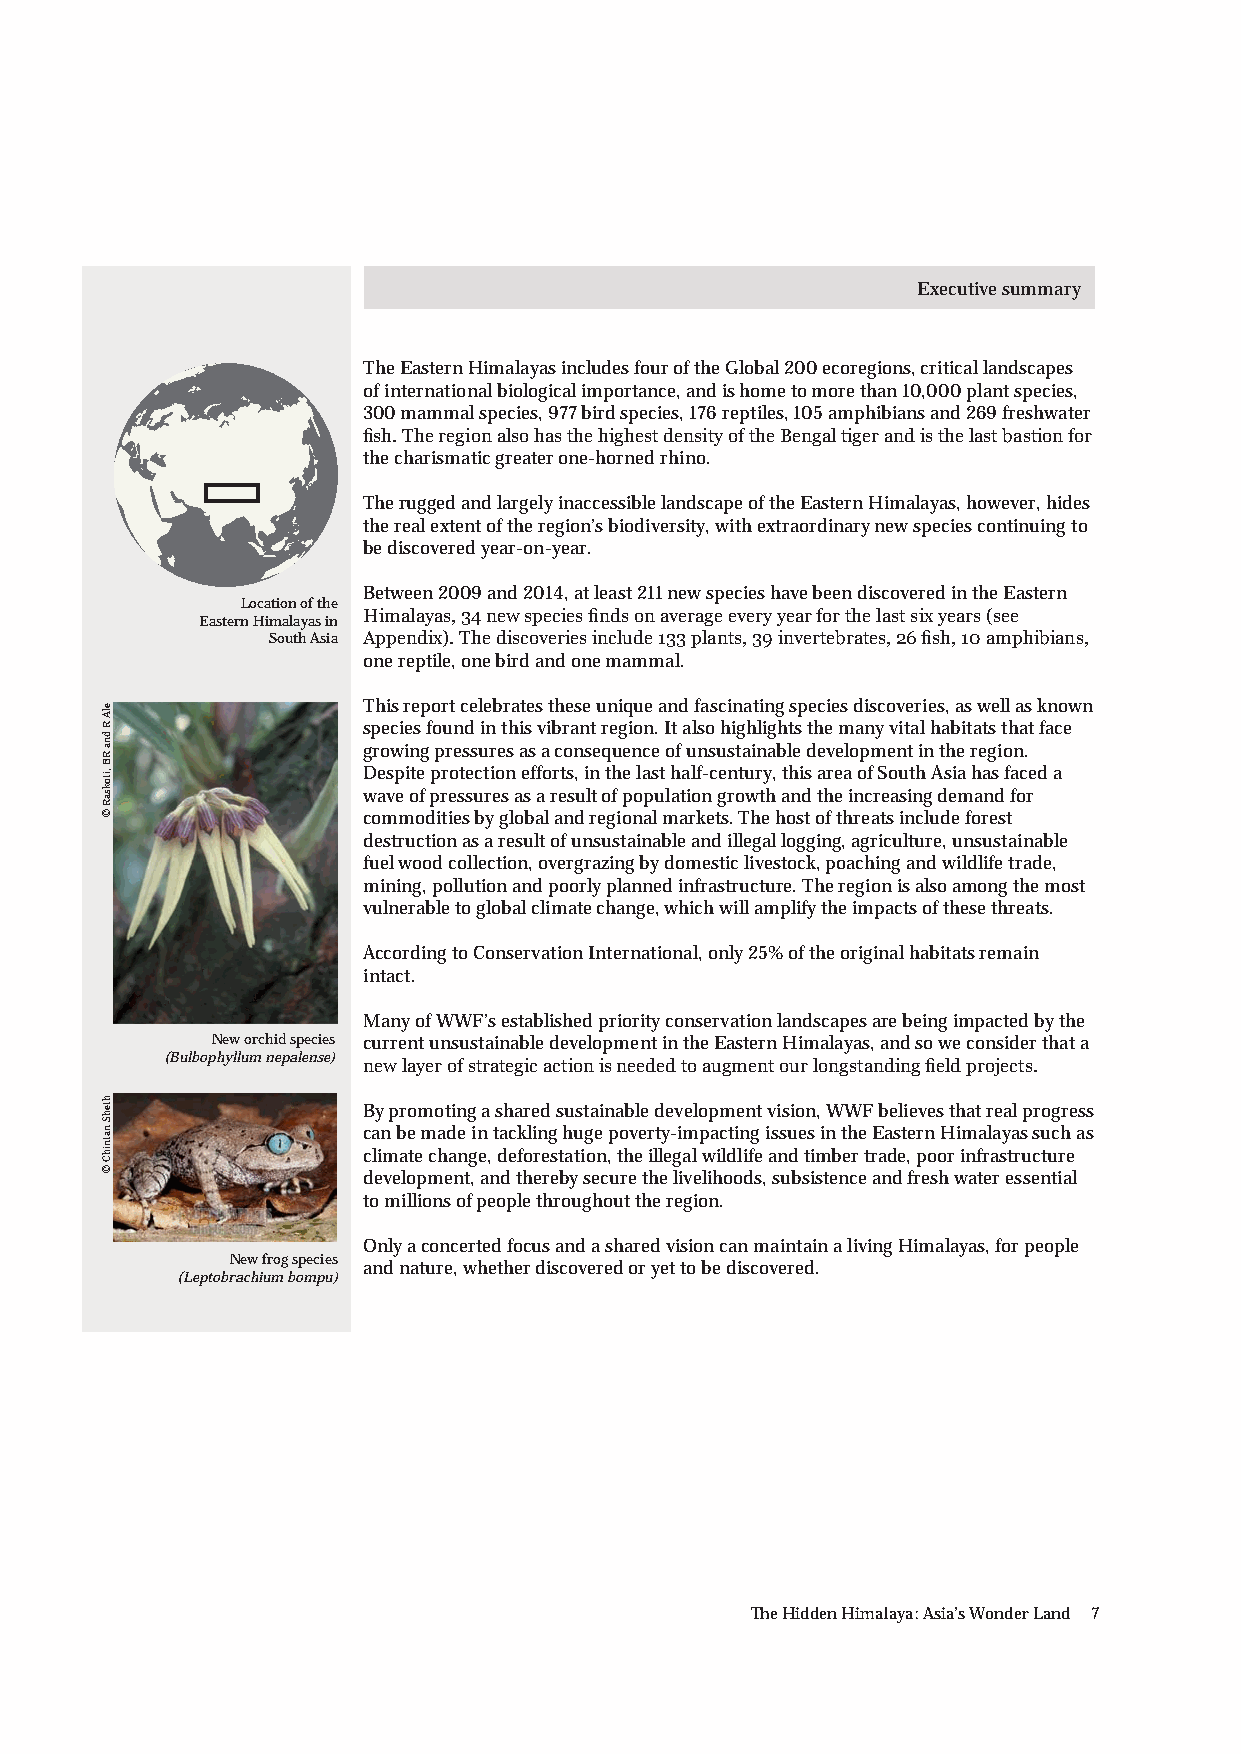
Executive summary
 The Eastern Himalayas includes four of the Global 200 ecoregions, critical landscapes
 of international biological importance, and is home to more than 10,000 plant species,
 300 mammal species, 977 bird species, 176 reptiles, 105 amphibians and 269 freshwater
 fish. The region also has the highest density of the Bengal tiger and is the last bastion for
 the charismatic greater one-horned rhino.
 The rugged and largely inaccessible landscape of the Eastern Himalayas, however, hides
 the real extent of the region’s biodiversity, with extraordinary new species continuing to
 be discovered year-on-year.
 Between 2009 and 2014, at least 211 new species have been discovered in the Eastern
 Location of the
 Himalayas, 34 new species finds on average every year for the last six years (see
 Eastern Himalayas in
 South Asia Appendix). The discoveries include 133 plants, 39 invertebrates, 26 fish, 10 amphibians,
 one reptile, one bird and one mammal.
 This report celebrates these unique and fascinating species discoveries, as well as known
 species found in this vibrant region. It also highlights the many vital habitats that face
 growing pressures as a consequence of unsustainable development in the region.
 Despite protection efforts, in the last half-century, this area of South Asia has faced a
 wave of pressures as a result of population growth and the increasing demand for
 commodities by global and regional markets. The host of threats include forest
 destruction as a result of unsustainable and illegal logging, agriculture, unsustainable
 fuel wood collection, overgrazing by domestic livestock, poaching and wildlife trade,
 mining, pollution and poorly planned infrastructure. The region is also among the most
 vulnerable to global climate change, which will amplify the impacts of these threats.
 According to Conservation International, only 25% of the original habitats remain
 intact.
 Many of WWF’s established priority conservation landscapes are being impacted by the
 New orchid species current unsustainable development in the Eastern Himalayas, and so we consider that a
 (Bulbophyllum nepalense)
 new layer of strategic action is needed to augment our longstanding field projects.
 By promoting a shared sustainable development vision, WWF believes that real progress
 can be made in tackling huge poverty-impacting issues in the Eastern Himalayas such as
 climate change, deforestation, the illegal wildlife and timber trade, poor infrastructure
 development, and thereby secure the livelihoods, subsistence and fresh water essential
 to millions of people throughout the region.
 Only a concerted focus and a shared vision can maintain a living Himalayas, for people
 New frog species
 and nature, whether discovered or yet to be discovered.
 (Leptobrachium bompu)
 The Hidden Himalaya: Asia’s Wonder Land 7
 elA
 R
 dna
 RB
 ,itoksaR
 ©
 htehS
 natnihC
 ©